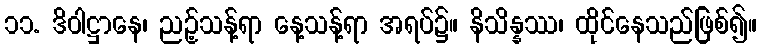
၁၁. ဒိဝါဋ္ဌာနေ၊ ညဉ့်သန့်ရာ နေ့သန့်ရာ အရပ်၌။ နိသိန္နဿ၊ ထိုင်နေသည်ဖြစ်၍။